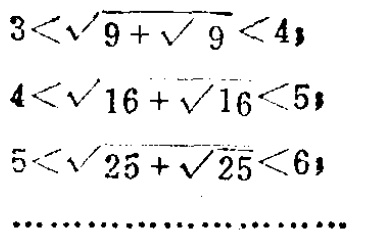
\[
\begin{align*}
3&<\sqrt{9 + \sqrt{9}}<4\\
4&<\sqrt{16+\sqrt{16}}<5\\
5&<\sqrt{25+\sqrt{25}}<6\\
&\cdots\cdots\cdots\cdots\cdots\cdots
\end{align*}
\]